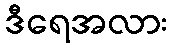
ဒီရေအလား